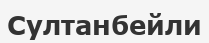
Султанбейли